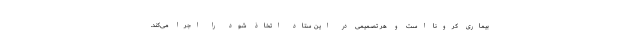
بیماری کرونا است و هر تصمیمی در این ستاد اتخاذ شود را اجرا می‌کند.